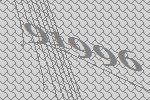
91996